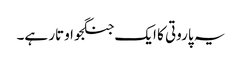
یہ پاروتی کا ایک جنگجو اوتار ہے۔